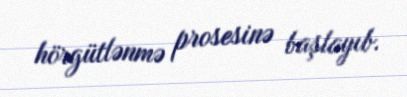
hörgütlənmə prosesinə başlayıb.